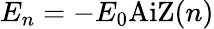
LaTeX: E_{n}=-E_{0}\mathrm{AiZ}(n)